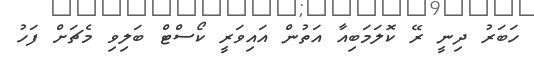
ހަބަރު ދިނީ ރޭ ކޮލަމަބިއާ އަތުން އައިވަރީ ކޯސްޓް ބަލިވި މެޗަށް ފަހު